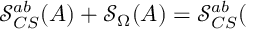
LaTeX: \mathcal { S } _ { C S } ^ { a b } ( A ) + \mathcal { S } _ { \Omega } ( A ) = \mathcal { S } _ { C S } ^ { a b } (